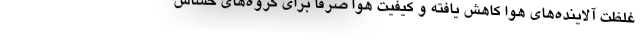
غلظت آلاینده‌های هوا کاهش یافته و کیفیت هوا صرفا برای گروه‌های حساس